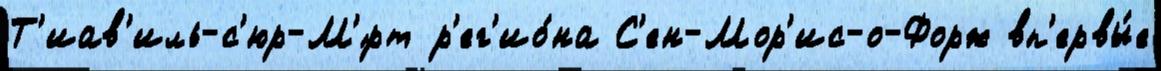
Т'иав'иль-с'юр-М'́рт р'ег'ио́на С'ен-Мор'ис-о-Форж вп'ервы́е